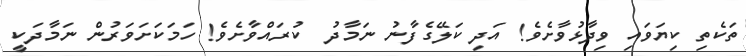
ތަކެތި ކިޔަވައި ވިދާޅުވާށެވެ! އަދި ކަލޭގެފާނު ނަމާދު  ކުރައްވާށެވެ! ހަމަކަށަވަރުން ނަމާދަކީ